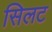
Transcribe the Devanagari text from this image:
सिलट